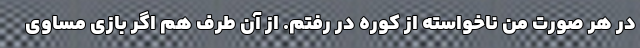
در هر صورت من ناخواسته از کوره در رفتم. از آن طرف هم اگر بازی مساوی